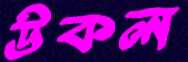
উকল